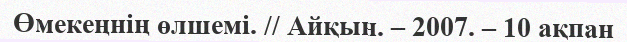
Өмекеңнің өлшемі. // Айқын. – 2007. – 10 ақпан